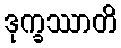
ဒုက္ခဿာတိ